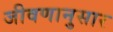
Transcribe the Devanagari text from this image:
जीवणानुसार